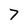
Character: 7